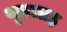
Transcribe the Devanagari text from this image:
थूनलाइ